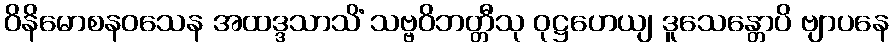
ဝိနိမောစနဝသေန အထဒ္ဒသာသိံ သဗ္ဗဝိဘတ္တီသု ဝုဋ္ဌဟေယျ ဒူသေန္တောပိ ဗျာပနေ